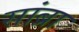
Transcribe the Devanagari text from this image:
सांब्रा